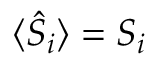
\langle \hat { S } _ { i } \rangle = S _ { i }